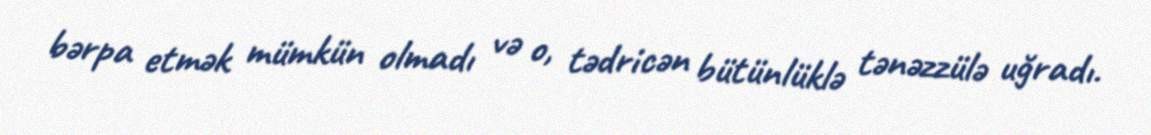
bərpa etmək mümkün olmadı və o, tədricən bütünlüklə tənəzzülə uğradı.